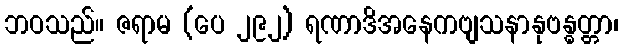
ဘဝသည်။ ဇရာမ (ပေ ၂၉၂) ရဏာဒိအနေကဗျသနာနုဗန္ဓတ္တာ၊